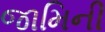
જામિની